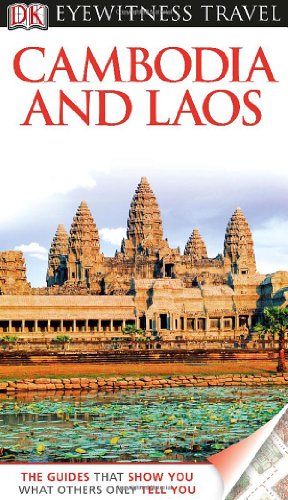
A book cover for DK Eyewitness Travel Guide: Cambodia & Laos; DK Publishing; Travel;